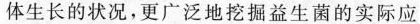
体生长的状况，更广泛地挖掘益生菌的实际应